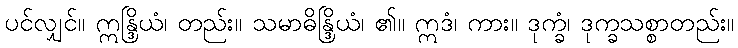
ပင်လျှင်။ ဣန္ဒြိယံ၊ တည်း။ သမာဓိန္ဒြိယံ၊ ၏။ ဣဒံ၊ ကား။ ဒုက္ခံ၊ ဒုက္ခသစ္စာတည်း။